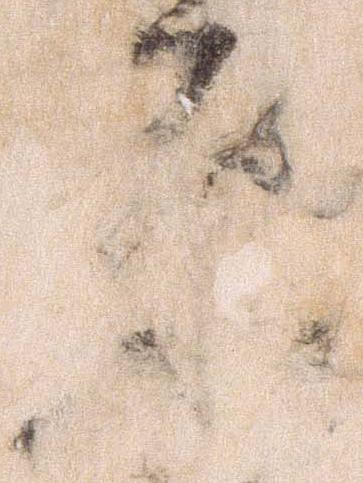
原